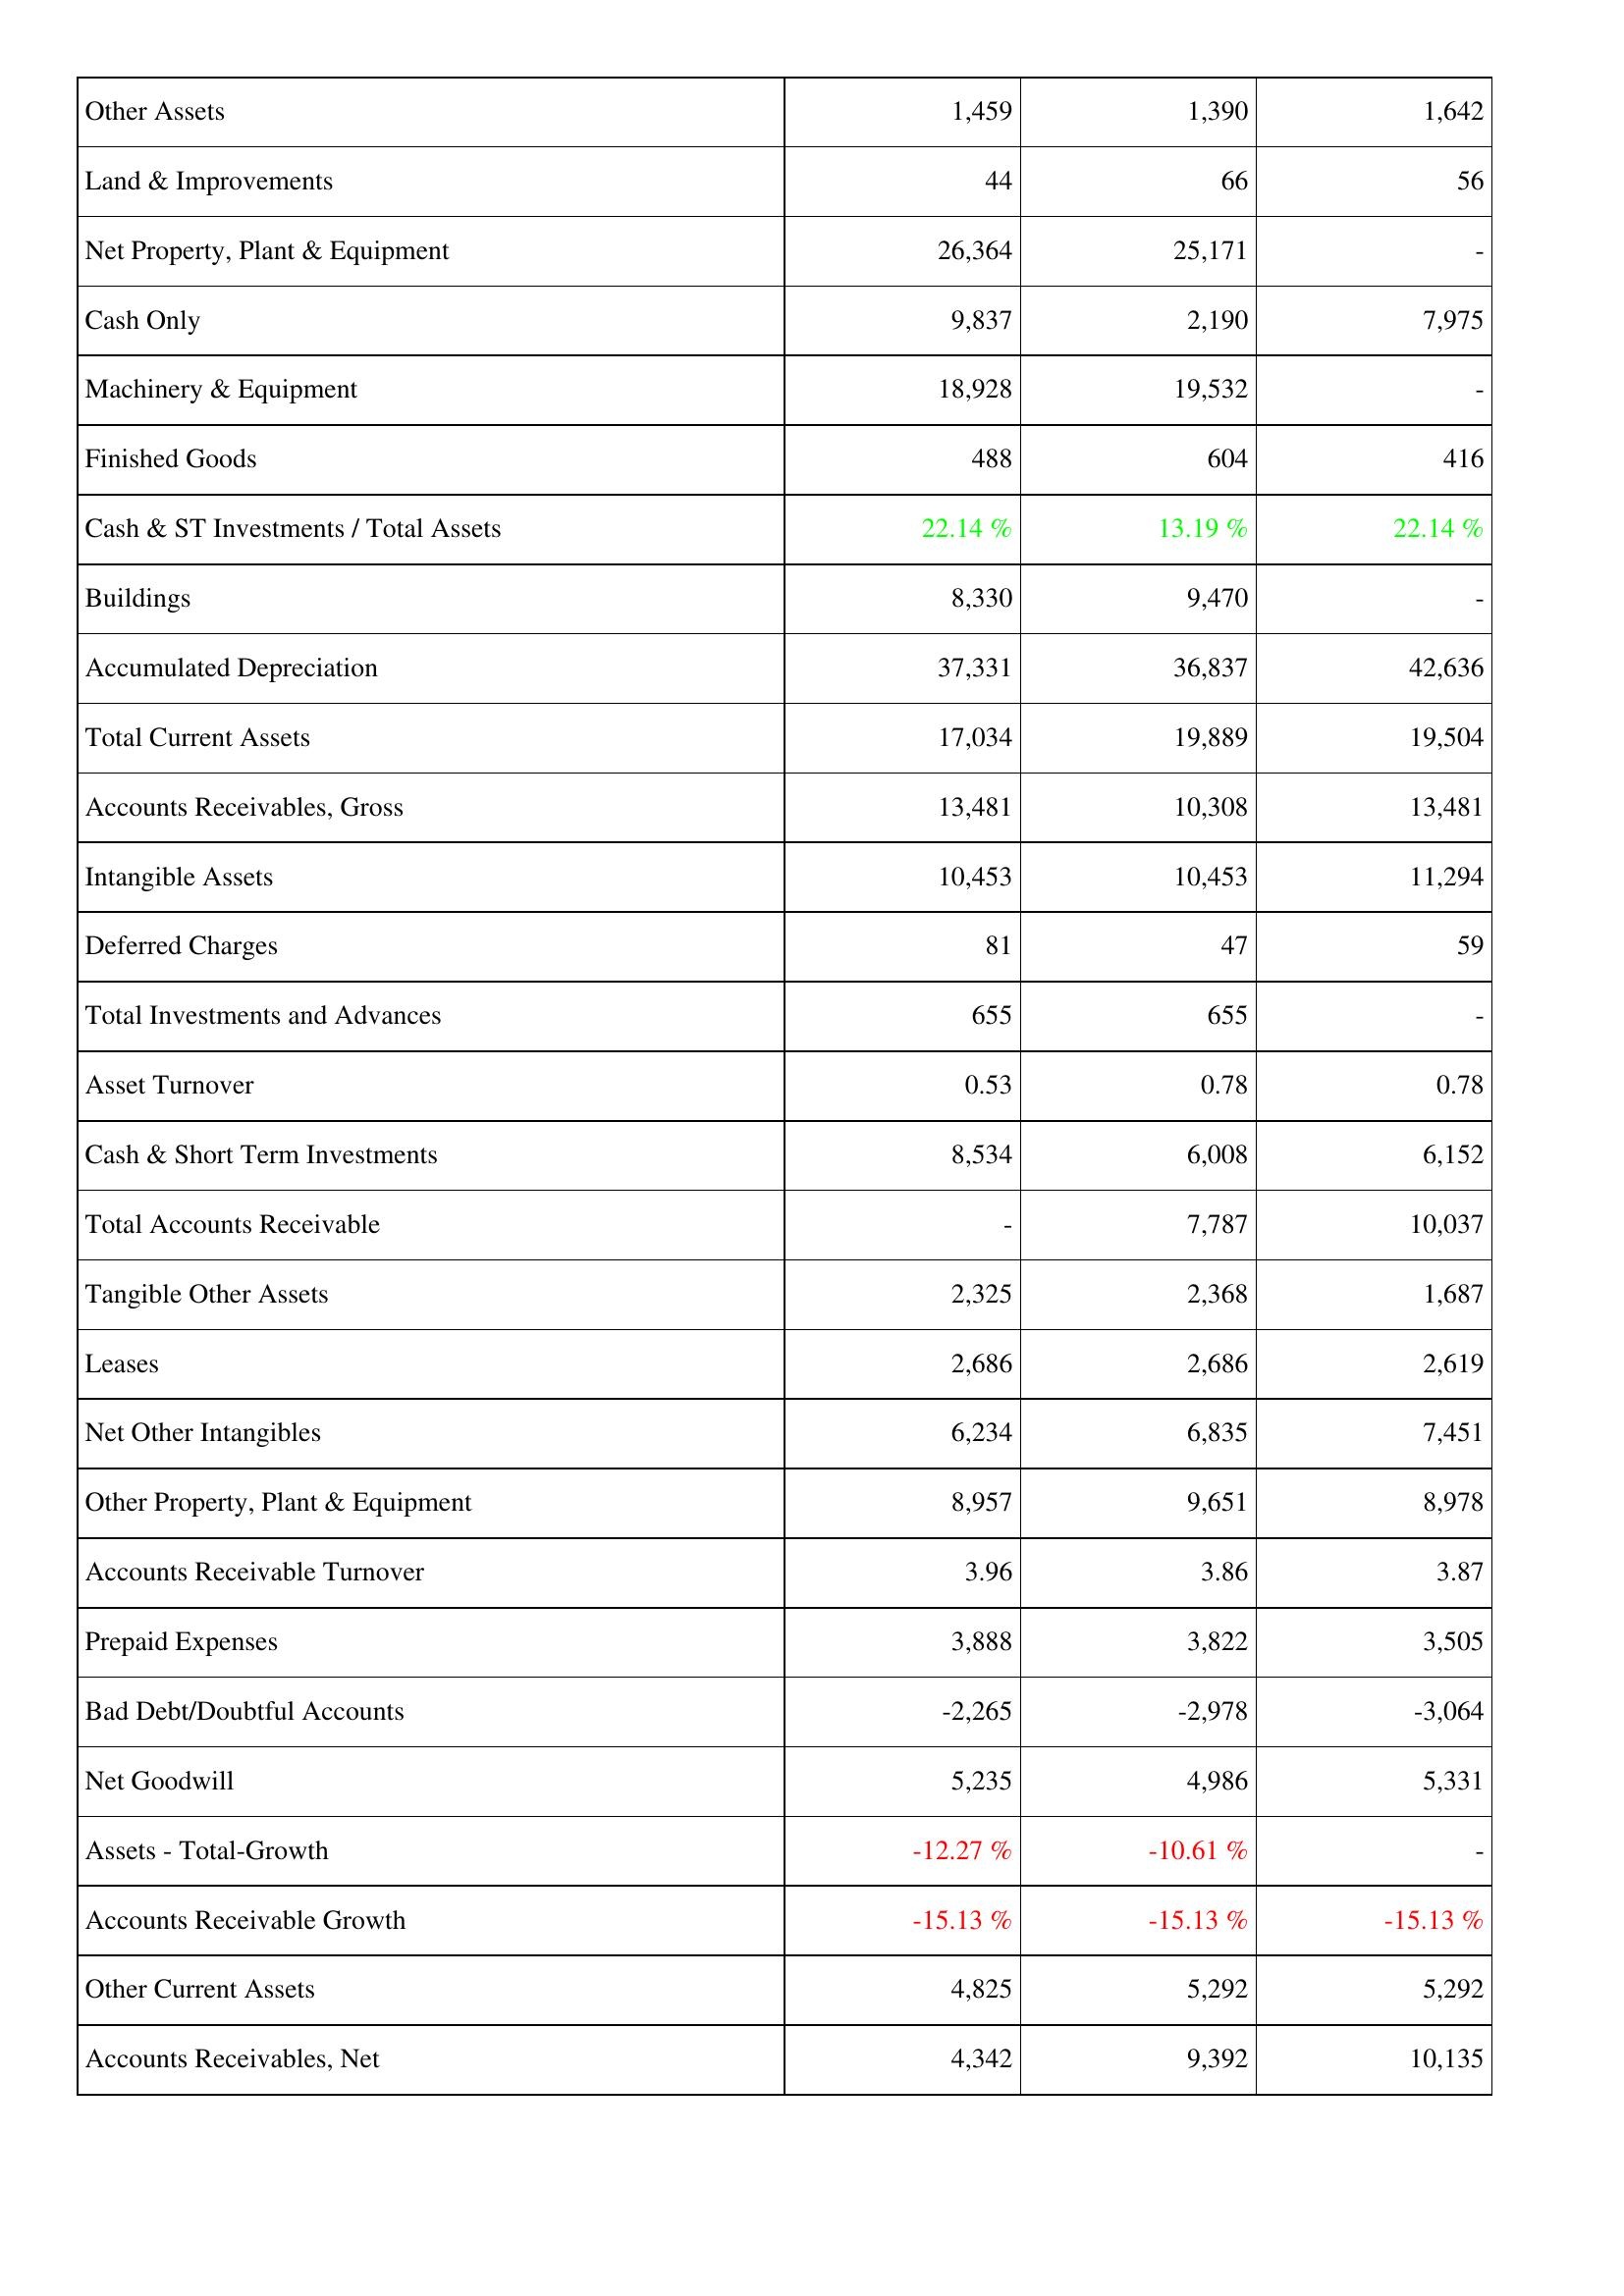
2006: Assets: Other Assets: 1,459
Land & Improvements: 44
Net Property, Plant & Equipment: 26,364
Cash Only: 9,837
Machinery & Equipment: 18,928
Finished Goods: 488
Cash & ST Investments / Total Assets: 22.14 %
Buildings: 8,330
Accumulated Depreciation: 37,331
Total Current Assets: 17,034
Accounts Receivables, Gross: 13,481
Intangible Assets: 10,453
Deferred Charges: 81
Total Investments and Advances: 655
Asset Turnover: 0.53
Cash & Short Term Investments: 8,534
Total Accounts Receivable: -
Tangible Other Assets: 2,325
Leases: 2,686
Net Other Intangibles: 6,234
Other Property, Plant & Equipment: 8,957
Accounts Receivable Turnover: 3.96
Prepaid Expenses: 3,888
Bad Debt/Doubtful Accounts: -2,265
Net Goodwill: 5,235
Assets - Total-Growth: -12.27 %
Accounts Receivable Growth: -15.13 %
Other Current Assets: 4,825
Accounts Receivables, Net: 4,342
2007: Assets: Other Assets: 1,390
Land & Improvements: 66
Net Property, Plant & Equipment: 25,171
Cash Only: 2,190
Machinery & Equipment: 19,532
Finished Goods: 604
Cash & ST Investments / Total Assets: 13.19 %
Buildings: 9,470
Accumulated Depreciation: 36,837
Total Current Assets: 19,889
Accounts Receivables, Gross: 10,308
Intangible Assets: 10,453
Deferred Charges: 47
Total Investments and Advances: 655
Asset Turnover: 0.78
Cash & Short Term Investments: 6,008
Total Accounts Receivable: 7,787
Tangible Other Assets: 2,368
Leases: 2,686
Net Other Intangibles: 6,835
Other Property, Plant & Equipment: 9,651
Accounts Receivable Turnover: 3.86
Prepaid Expenses: 3,822
Bad Debt/Doubtful Accounts: -2,978
Net Goodwill: 4,986
Assets - Total-Growth: -10.61 %
Accounts Receivable Growth: -15.13 %
Other Current Assets: 5,292
Accounts Receivables, Net: 9,392
2008: Assets: Other Assets: 1,642
Land & Improvements: 56
Net Property, Plant & Equipment: -
Cash Only: 7,975
Machinery & Equipment: -
Finished Goods: 416
Cash & ST Investments / Total Assets: 22.14 %
Buildings: -
Accumulated Depreciation: 42,636
Total Current Assets: 19,504
Accounts Receivables, Gross: 13,481
Intangible Assets: 11,294
Deferred Charges: 59
Total Investments and Advances: -
Asset Turnover: 0.78
Cash & Short Term Investments: 6,152
Total Accounts Receivable: 10,037
Tangible Other Assets: 1,687
Leases: 2,619
Net Other Intangibles: 7,451
Other Property, Plant & Equipment: 8,978
Accounts Receivable Turnover: 3.87
Prepaid Expenses: 3,505
Bad Debt/Doubtful Accounts: -3,064
Net Goodwill: 5,331
Assets - Total-Growth: -
Accounts Receivable Growth: -15.13 %
Other Current Assets: 5,292
Accounts Receivables, Net: 10,135